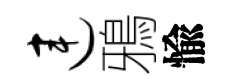
连鴉愉